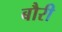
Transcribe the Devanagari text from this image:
बौरी